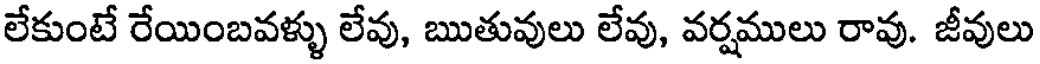
లేకుంటే రేయింబవళ్ళు లేవు, ఋతువులు లేవు, వర్షములు రావు. జీవులు